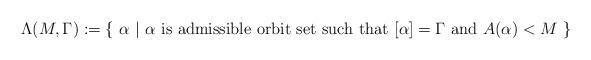
LaTeX: \begin{align*} \Lambda(M,\Gamma):=\{\,\,\alpha\,\,|\,\,\alpha\,\,\mathrm{is\,\,admissible\,\,orbit\,\,set\,\,such\,\,that\,\,}[\alpha]=\Gamma \mathrm{\,\,and}\,\,A(\alpha)<M\,\,\}\end{align*}